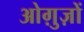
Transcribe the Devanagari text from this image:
ओग़ुज़ों